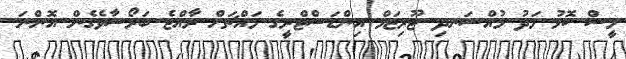
މީސް ކޮޅު މަދު މުއްސަނދި ޓޫރިޒަމް އިންޑަސްޓްރީގެ މައްޗަށް ރާއްޖެ ބަރޯސާވެގެން އޮންނަ